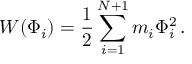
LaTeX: W ( \Phi _ { i } ) = { \frac { 1 } { 2 } } \sum _ { i = 1 } ^ { N + 1 } m _ { i } \Phi _ { i } ^ { 2 } \, .